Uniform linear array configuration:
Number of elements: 48
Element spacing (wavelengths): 0.5
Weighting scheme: blackman
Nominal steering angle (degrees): -30
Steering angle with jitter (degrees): -31.155
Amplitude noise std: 0.05
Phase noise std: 0.05

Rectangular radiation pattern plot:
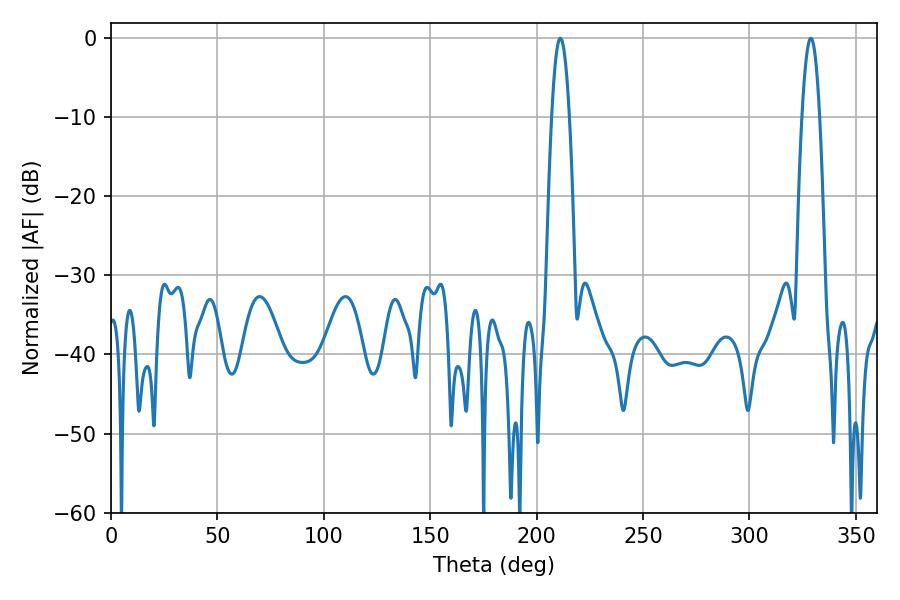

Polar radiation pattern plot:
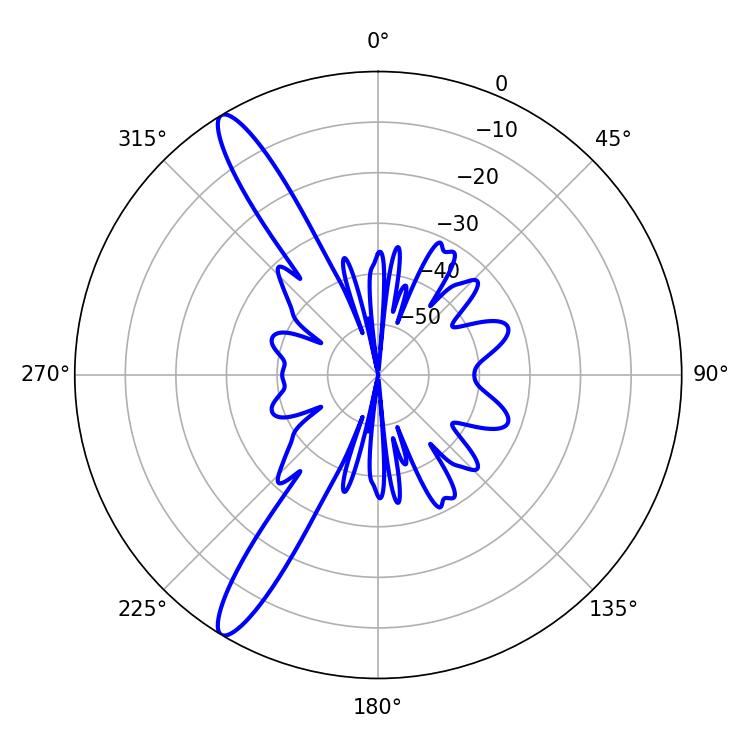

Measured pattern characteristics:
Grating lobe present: FALSE
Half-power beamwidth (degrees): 4.5
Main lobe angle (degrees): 211.14